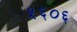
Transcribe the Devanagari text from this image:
५६०६